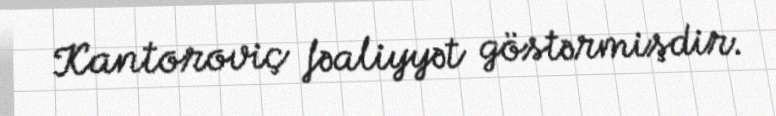
Kantoroviç fəaliyyət göstərmişdir.